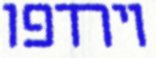
וירדפו